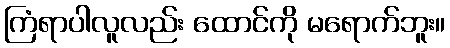
ကြံရာပါလူလည်း ထောင်ကို မရောက်ဘူး။